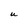
Character: U